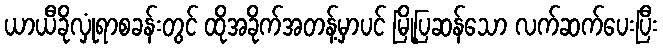
ယာယီခိုလှုံရာစခန်းတွင် ထိုအခိုက်အတန့်မှာပင် မြို့ပြဆန်သော လက်ဆက်ပေးပြီး